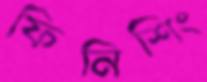
ফিনিশিং